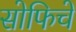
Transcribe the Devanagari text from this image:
सोफिचे